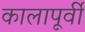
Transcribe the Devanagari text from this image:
कालापूर्वी